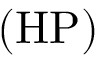
( \mathrm { H P } )